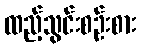
ထည့်သွင်းစဉ်းစား